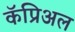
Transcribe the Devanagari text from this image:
कॅप्रिअल